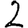
Digit: 2